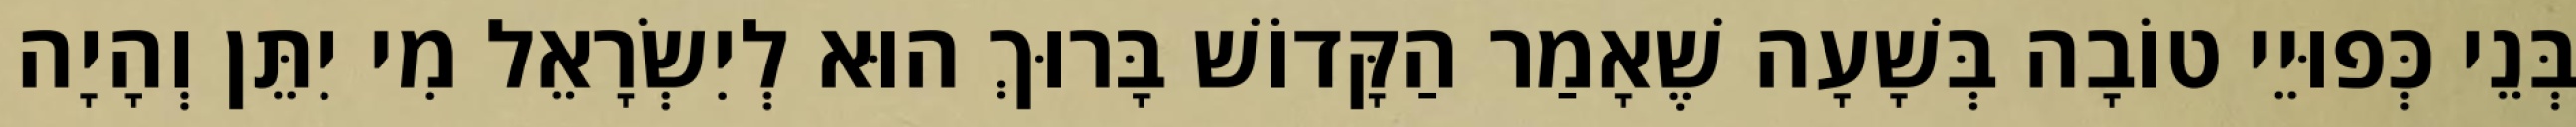
בְּנֵי כְּפוּיֵי טוֹבָה בְּשָׁעָה שֶׁאָמַר הַקָּדוֹשׁ בָּרוּךְ הוּא לְיִשְׂרָאֵל מִי יִתֵּן וְהָיָה